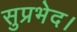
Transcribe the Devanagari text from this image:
सुप्रभेद।